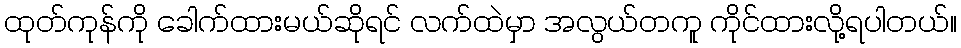
ထုတ်ကုန်ကို ခေါက်ထားမယ်ဆိုရင် လက်ထဲမှာ အလွယ်တကူ ကိုင်ထားလို့ရပါတယ်။